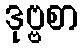
ဒုဗ္ဗစာ